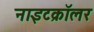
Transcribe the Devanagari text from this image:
नाइटक्रॉलर